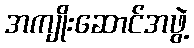
အကျိုးဆောင်အဖွဲ့